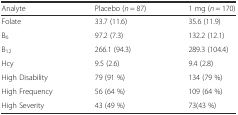
| Analyte | Placebo (n = 87) | 1 mg (n = 170) |
 | --- | --- | --- |
 | Folate | 33.7 (11.6) | 35.6 (11.9) |
 | B6 | 97.2 (7.3) | 132.2 (12.1) |
 | B12 | 266.1 (94.3) | 289.3 (104.4) |
 | Hcy | 9.5 (2.6) | 9.4 (2.8) |
 | High Disability | 79 (91 %) | 134 (79 %) |
 | High Frequency | 56 (64 %) | 109 (64 %) |
 | High Severity | 43 (49 %) | 73(43 %) |